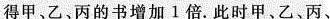
得甲、乙、丙的书增加1倍。此时甲、乙、丙、